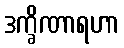
ဒက္ခိဏာရဟာ